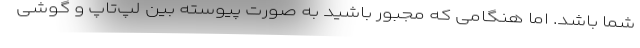
شما باشد. اما هنگامی که مجبور باشید به صورت پیوسته بین لپ‌تاپ و گوشی